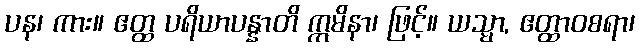
ပန၊ ကား။ ဧတ္ထ ပရိယာပန္နာတိ ဣမိနာ၊ ဖြင့်။ ယသ္မာ, ဧတ္ထာဝစရာ၊